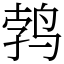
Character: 鹁